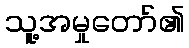
သူ့အမှုတော်၏